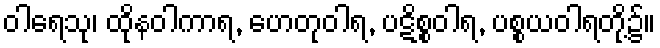
ဝါရေသု၊ ထိုနဝါကာရ, ဟေတုဝါရ, ပဋိစ္စဝါရ, ပစ္စယဝါရတို့၌။